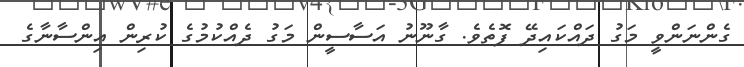
ގެންނަންވީ މަގު ދައްކައިދޭ ފޮތެވެ. ގާނޫނު އަސާސީން މަގު ދެއްކުމުގެ ކުރިން އިންސާނާގެ